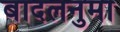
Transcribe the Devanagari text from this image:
बादलनुमा